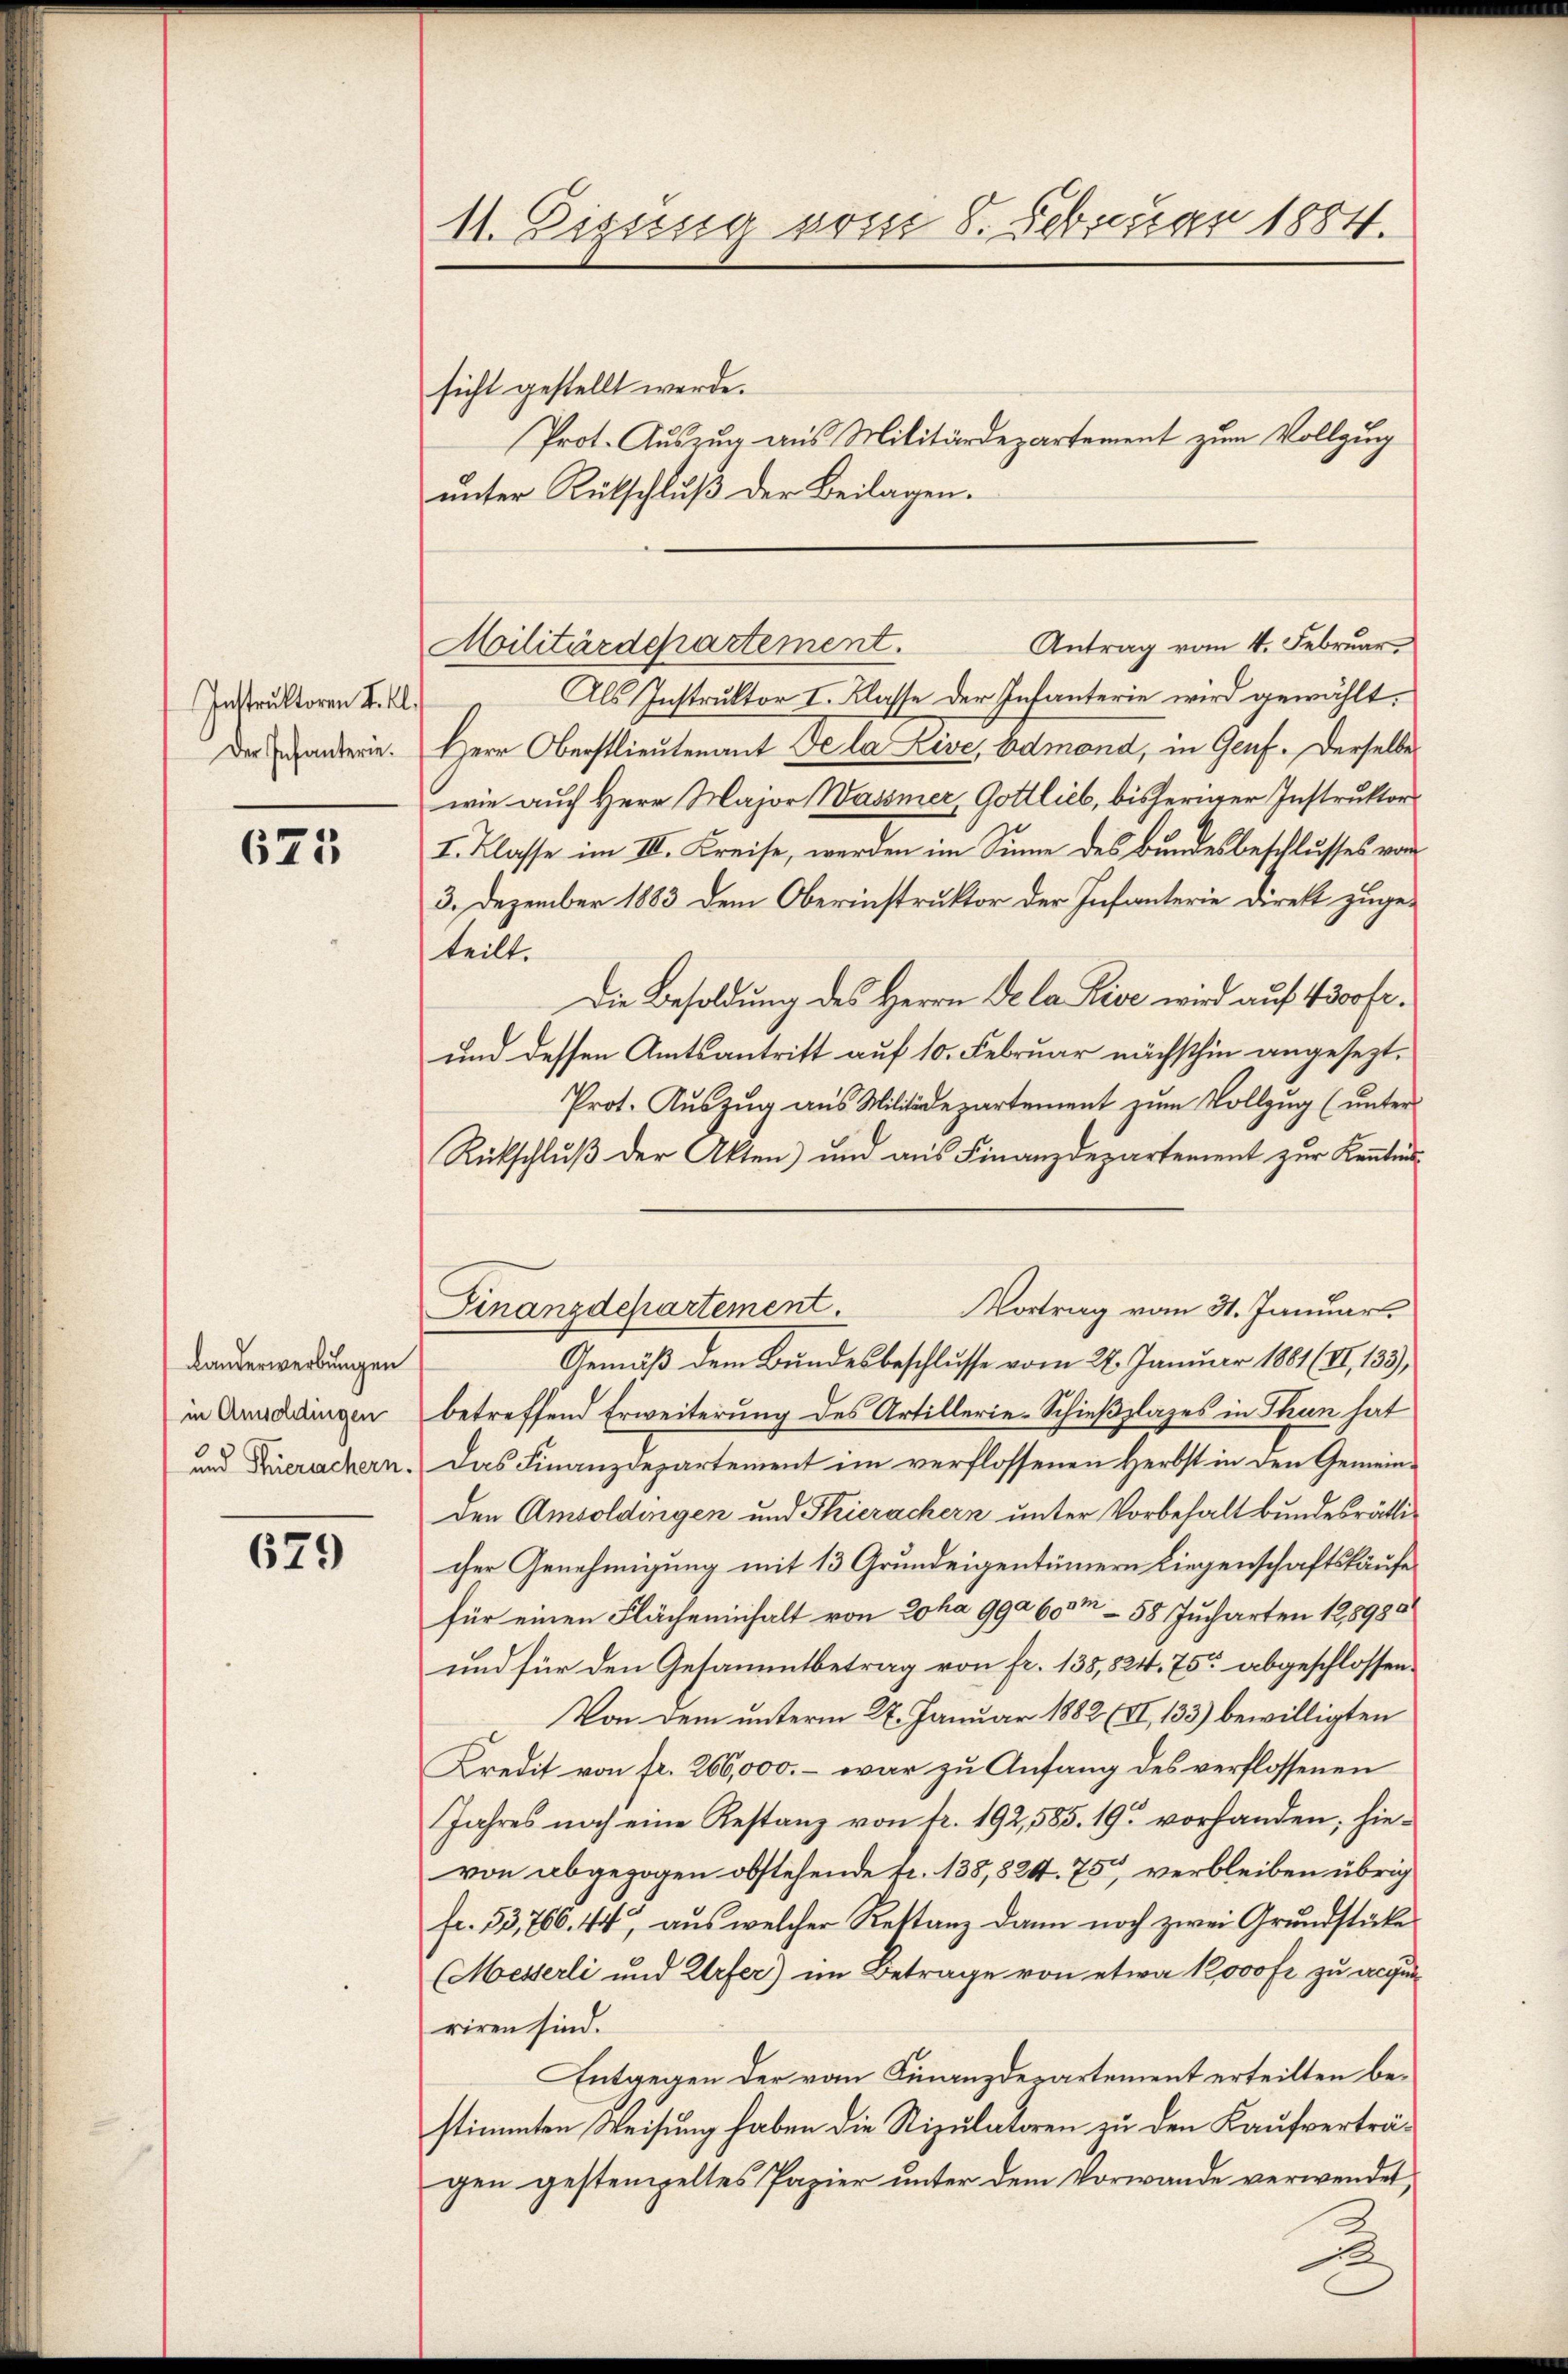
Instruktoren I. Kl.
Der Infanterie.

625

Landerwerbungen
in Ansoldingen
und Thierachern.

679

11. Disses vom 8. Februar 1884.

sicht gestellt werde.
unter Rutschluß der Beilagen.
Antrag vom 4. Februar.
Moilitärdepartement.
Als Instruktor I. Klasse der Infanterie wird gewählt.
Herr Oberstlieutenant de la Live, Edmond, in Genf. Derselbe
wie auch Herr Major Wasser, Gottlieb, bisheriger Instruktor
I. Klasse im III. Kreise, werden im Sinne des Bundesbeschlusses von
3. Dezember 1883 dem Oberinstruktor der Infanterie Direkt zugeteilt.
Die Besoldung des Herrn Dela Lise wird auf 43oofe¬
und dessen Amtsantritt auf 10. Februar nächsthin angesezt.
Prot. Aŭszŭg aŭs Militärdepartement zŭm Vollzŭg (unter
Rückschlŭβ der Akten) und aŭs Finanzdepartement zŭr Kenntni
Vortrag vom 31. Januar
Gemäß dem Bundesbeschlusse vom 22. Januar 1881 (II, 133),
betreffend Erweiterung des Artillerie-Schießplages in Thun hat
Das Finanzdepartement im verflossenen Herbst in den Gemeinden Amsoldingen und Stierachern unter Vorbehalt bundesräthi-
cher Genehmigung mit 13 Grundeigentümern Liegenschaftskäufe
für einen Flächeninhalt von Joha 992 600m – 58 Jucharten 128980
und für den Gesammtbetrag von fr. 138,824. 75 abgeschlossen:
Von dem unterm 27. Januar 1882 (II, 133) bewilligten
Kredit von fr. 266,000. - war zu Anfang des verflossenen
Jahres noch eine Restanz von tr. 192,585. 19. vorhanden; hievon abgezogen obstehende fr. 135,824. 75 verbleiben übrig
fr. 53,766. 44, aus welcher Rettanz dann noch zwei Grundstücke
(Messerli und Urfer) im Betrage von etwa 12000 fr zu acqui
riren sind.
Entgegen der vom Finanzdepartement erteilten bestimmten Weisung haben die Stipulatoren zu den Kaufverträgen gestempeltes Papier unter dem Vorwande verwendet,
B

Finanzdepartement.

Prot. Auszug aus Militärdepartement zum Vollzug